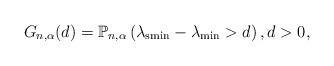
LaTeX: \begin{align*}G_{n,\alpha} (d) = \mathbb{P}_{n,\alpha} \left( \lambda_{\mathrm{smin}} - \lambda_{\mathrm{min}} > d \right), d > 0,\end{align*}